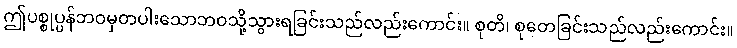
ဤပစ္စုပ္ပန်ဘဝမှတပါးသောဘဝသို့သွားရခြင်းသည်လည်းကောင်း။ စုတိ၊ စုတေခြင်းသည်လည်းကောင်း။